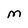
Character: M